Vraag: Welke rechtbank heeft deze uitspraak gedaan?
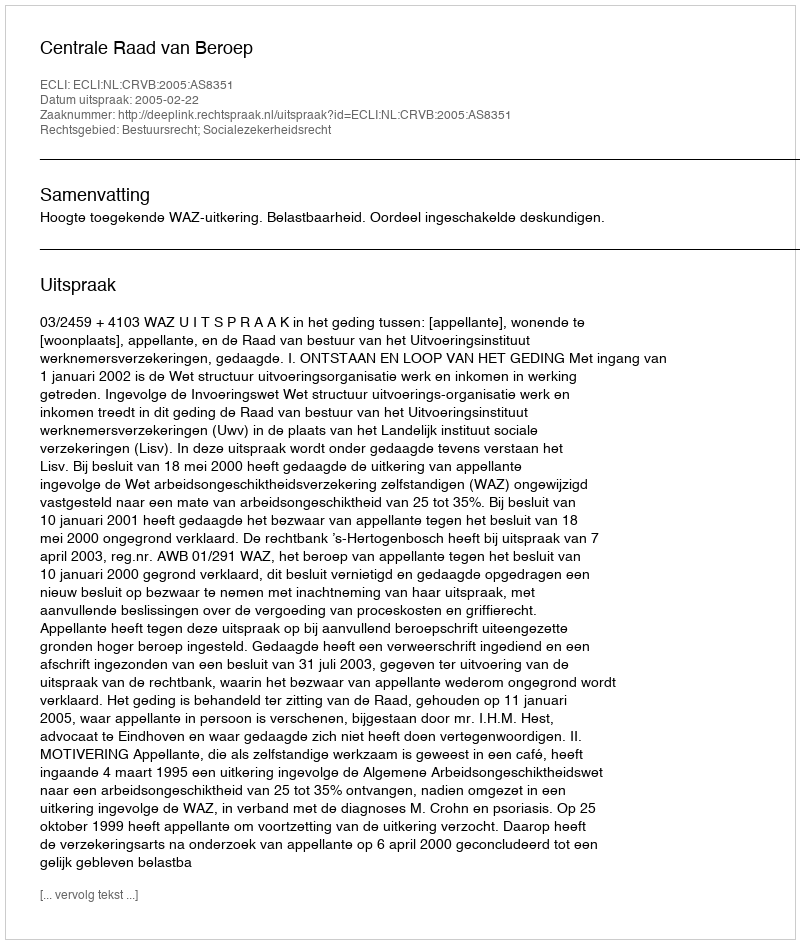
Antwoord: Centrale Raad van Beroep